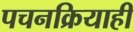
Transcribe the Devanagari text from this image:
पचनक्रियाही